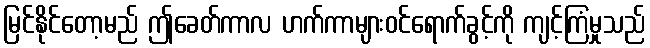
မြင်နိုင်တော့မည် ဤခေတ်ကာလ ဟက်ကာများဝင်ရောက်ခွင့်ကို ကျင့်ကြံမှုသည်